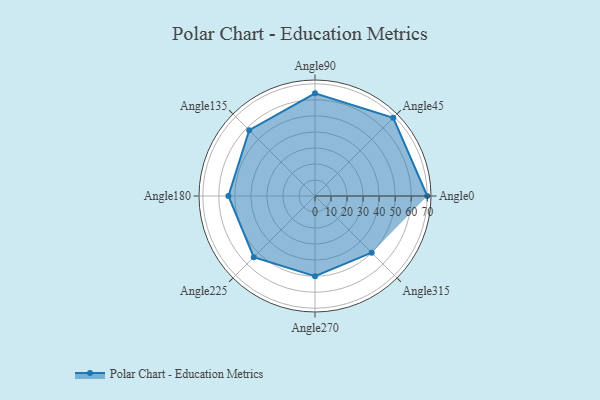
{"axis": {"x": "Angle", "y": "Radius"}, "legend": [""], "data": [{"x": "Angle0", "y": 70.0, "type": ""}, {"x": "Angle45", "y": 69.0, "type": ""}, {"x": "Angle90", "y": 64.0, "type": ""}, {"x": "Angle135", "y": 58.0, "type": ""}, {"x": "Angle180", "y": 54.0, "type": ""}, {"x": "Angle225", "y": 54.0, "type": ""}, {"x": "Angle270", "y": 50, "type": ""}, {"x": "Angle315", "y": 50, "type": ""}]}